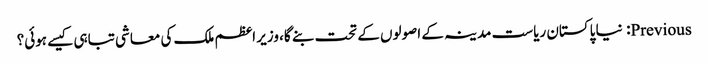
Previous: نیا پاکستان ریاست مدینہ کے اصولوں کے تحت بنے گا، وزیر اعظم ملک کی معاشی تباہی کیسے ہوئی؟